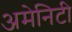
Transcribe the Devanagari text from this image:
अमेनिटी